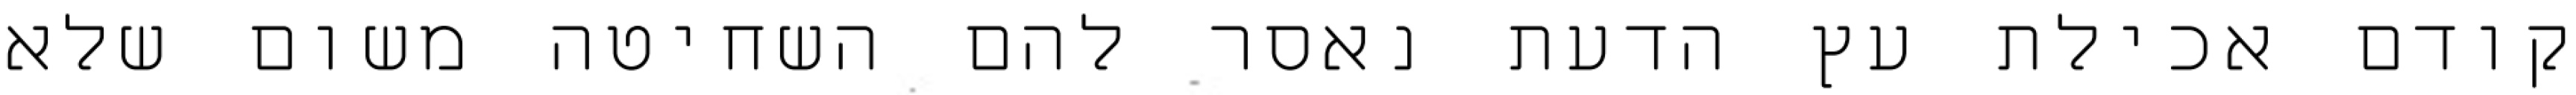
קודם אכילת עץ הדעת נאסר להם השחיטה משום שלא